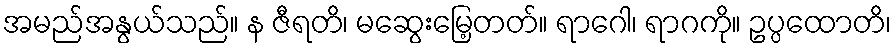
အမည်အနွယ်သည်။ န ဇီရတိ၊ မဆွေးမြေ့တတ်။ ရာဂေါ၊ ရာဂကို။ ဥပ္ပထောတိ၊